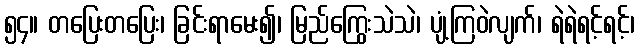
၅၄။ တပြေးတပြေး၊ ခြင်းရာမေး၍၊ မြည်ကြွေးသဲသဲ၊ ပျံ့ကြဝဲလျက်၊ ရဲရဲရင့်ရင့်၊